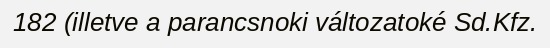
182 (illetve a parancsnoki változatoké Sd.Kfz.